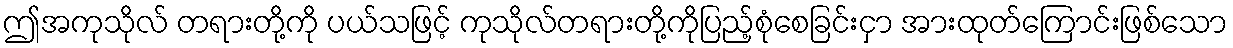
ဤအကုသိုလ် တရားတို့ကို ပယ်သဖြင့် ကုသိုလ်တရားတို့ကိုပြည့်စုံစေခြင်းငှာ အားထုတ်ကြောင်းဖြစ်သော